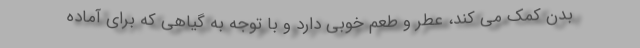
بدن کمک می کند، عطر و طعم خوبی دارد و با توجه به گیاهی که برای آماده